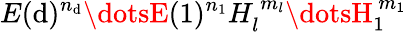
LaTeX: E(\mathrm{d})^{n_{\mathrm{d}}}\dotsE(1)^{n_{1}}H_{l}^{\ m_{l}}\dotsH_{1}^{\ m_{1}}\,